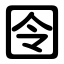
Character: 囹